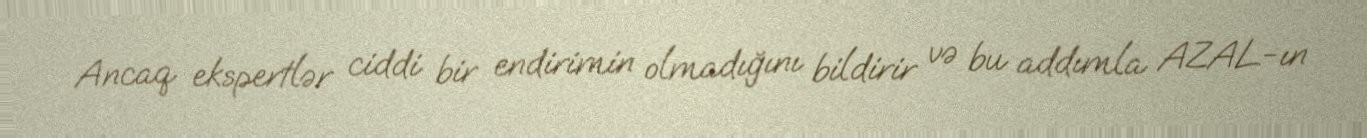
Ancaq ekspertlər ciddi bir endirimin olmadığını bildirir və bu addımla AZAL-ın